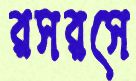
রসরসে